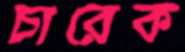
চারেক